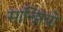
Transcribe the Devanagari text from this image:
सान्झियो